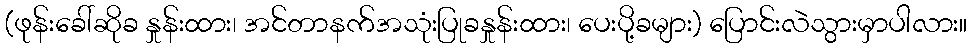
(ဖုန်းခေါ်ဆိုခ နှုန်းထား၊ အင်တာနက်အသုံးပြုခနှုန်းထား၊ ပေးပို့ခများ) ပြောင်းလဲသွားမှာပါလား။